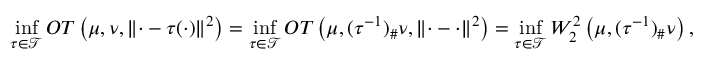
\operatorname* { i n f } _ { \tau \in \mathcal { T } } O T \left( \mu , \nu , \lVert \cdot - \tau ( \cdot ) \rVert ^ { 2 } \right) = \operatorname* { i n f } _ { \tau \in \mathcal { T } } O T \left( \mu , ( \tau ^ { - 1 } ) _ { \# } \nu , \lVert \cdot - \cdot \rVert ^ { 2 } \right) = \operatorname* { i n f } _ { \tau \in \mathcal { T } } W _ { 2 } ^ { 2 } \left( \mu , ( \tau ^ { - 1 } ) _ { \# } \nu \right) ,